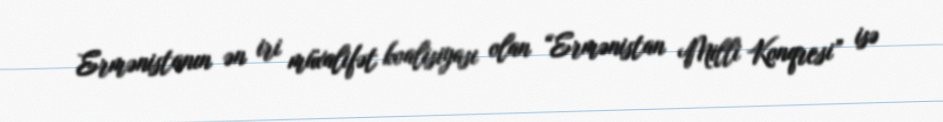
Ermənistanın ən iri müxalifət koalisiyası olan “Ermənistan Milli Konqresi” isə